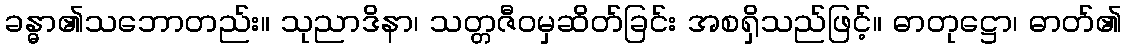
ခန္ဓာ၏သဘောတည်း။ သုညာဒိနာ၊ သတ္တဇီဝမှဆိတ်ခြင်း အစရှိသည်ဖြင့်။ ဓာတုဋ္ဌော၊ ဓာတ်၏